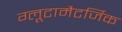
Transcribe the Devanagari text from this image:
ग्लूटामैटर्जिक